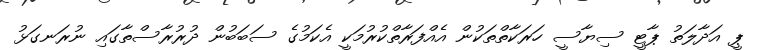
ޕީ އަދާލަތު ޕާޓީ ސިޔާސީ ހަރަކާތްތަކުން އެއްފަރާތްކުރުމަކީ އެކަމުގެ ސަބަބުން ދުރުރާސްތާގައި ނުރަނގަޅު